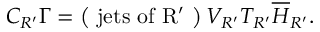
C _ { R ^ { \prime } } \Gamma = \left( \mathrm { ~ j e t s ~ o f ~ R ^ { \prime } ~ } \right) V _ { R ^ { \prime } } T _ { R ^ { \prime } } \overline { { { H } } } _ { R ^ { \prime } } .